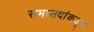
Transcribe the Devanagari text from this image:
सभासदांकडून